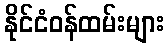
နိုင်ငံဝန်ထမ်းများ